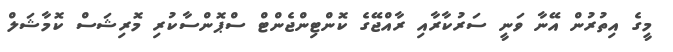
މީގެ އިތުރުން އޭނާ ވަނީ ސަރުކާރާއި ރާއްޖޭގެ ކޮންޓިންޖެންޓް ސްޕޮންސާކުރި މޮރިޝަސް ކޮމާޝަލް